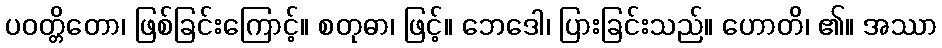
ပဝတ္တိတော၊ ဖြစ်ခြင်းကြောင့်။ စတုဓာ၊ ဖြင့်။ ဘေဒေါ၊ ပြားခြင်းသည်။ ဟောတိ၊ ၏။ အဿာ